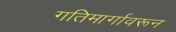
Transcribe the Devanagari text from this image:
गतिमार्गावरून